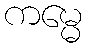
ကမ္မေ